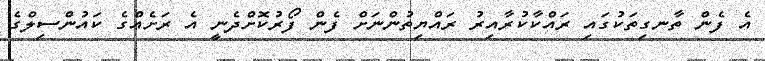
އެ ފެން ތާނގިތަކުގައި ރައްކާކުރާއިރު ރައްޔިތުންނަށް ފެން ފޯރުކޮށްދެނީ އެ ރަށެއްގެ ކައުންސިލްގެ